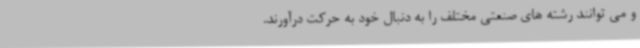
و می توانند رشته های صنعتی مختلف را به دنبال خود به حرکت درآورند.